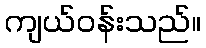
ကျယ်ဝန်းသည်။